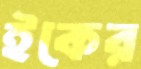
ইকের